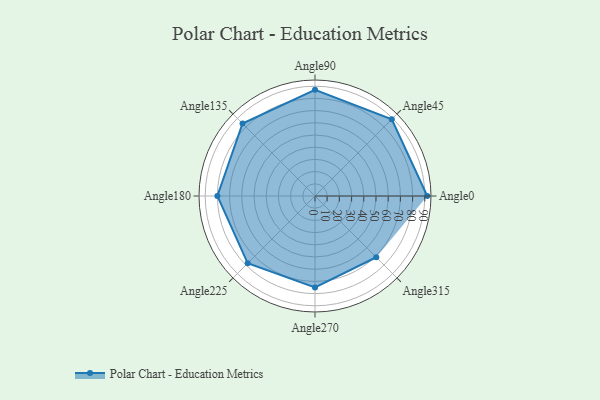
{"axis": {"x": "Angle", "y": "Radius"}, "legend": [""], "data": [{"x": "Angle0", "y": 92.0, "type": ""}, {"x": "Angle45", "y": 89.0, "type": ""}, {"x": "Angle90", "y": 87.0, "type": ""}, {"x": "Angle135", "y": 84.0, "type": ""}, {"x": "Angle180", "y": 80.0, "type": ""}, {"x": "Angle225", "y": 78.0, "type": ""}, {"x": "Angle270", "y": 75.0, "type": ""}, {"x": "Angle315", "y": 71.0, "type": ""}]}